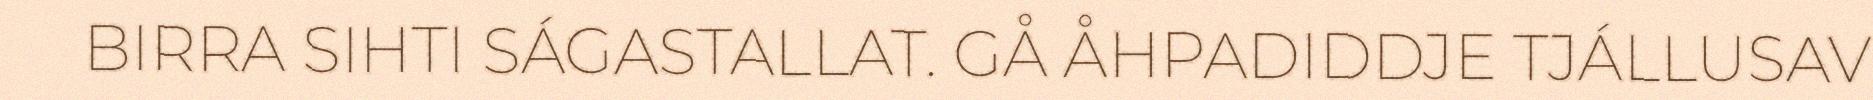
BIRRA SIHTI SÁGASTALLAT. GÅ ÅHPADIDDJE TJÁLLUSAV